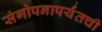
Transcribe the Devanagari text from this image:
संगोपनापर्यंतची